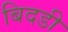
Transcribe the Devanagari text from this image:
बिदडी